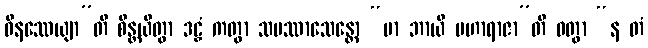
ဝိနဿေယျာ”တိ စိန္တယိတွာ ဒဠှံ ကတွာ သမဿာသေန္တော “မာ ဘာယိ မဟာရာဇာ”တိ ဝတွာ “န တံ